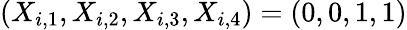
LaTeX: (X_{i,1},X_{i,2},X_{i,3},X_{i,4})=(0,0,1,1)